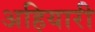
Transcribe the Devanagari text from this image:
अहियारी